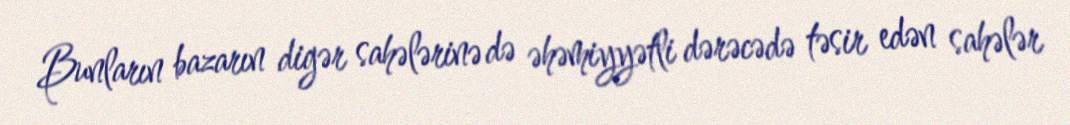
Bunların bazarın digər sahələrinə də əhəmiyyətli dərəcədə təsir edən sahələr